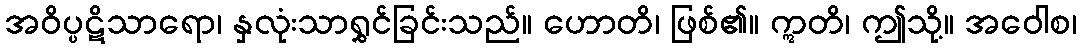
အဝိပ္ပဋိသာရော၊ နှလုံးသာရွှင်ခြင်းသည်။ ဟောတိ၊ ဖြစ်၏။ ဣတိ၊ ဤသို့။ အဝေါစ၊